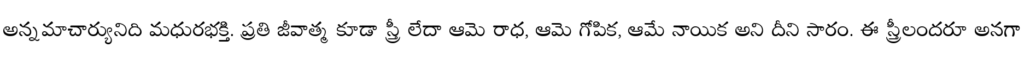
అన్నమాచార్యునిది మధురభక్తి. ప్రతి జీవాత్మ కూడా స్త్రీ లేదా ఆమె రాధ, ఆమె గోపిక, ఆమే నాయిక అని దీని సారం. ఈ స్త్రీలందరూ అనగా